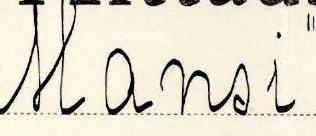
Mansi